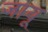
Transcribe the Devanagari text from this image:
जायू